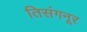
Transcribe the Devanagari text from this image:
तिसंगनूर